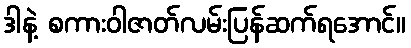
ဒါနဲ့ စကားဝါဇာတ်လမ်းပြန်ဆက်ရအောင်။